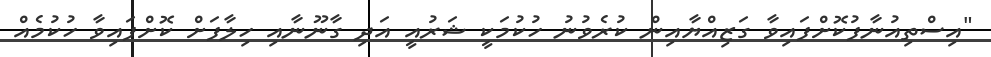
"އިސްތިއުނާފުކޮށްފައިވާ ގަޒިއްޔާއިން ކުރެވުނު ހުކުމަކީ ޝަރުއީ އަދި ގާނޫނާއި ހިލާފަށް ކޮށްފައިވާ ހުކުމެއް